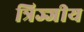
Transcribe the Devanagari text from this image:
त्रिज्जीय